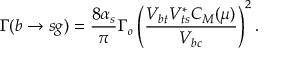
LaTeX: \Gamma ( b \rightarrow s g ) = \frac { 8 \alpha _ { s } } { \pi } \Gamma _ { o } \left( \frac { V _ { b t } V _ { t s } ^ { * } C _ { M } ( \mu ) } { V _ { b c } } \right) ^ { 2 } .